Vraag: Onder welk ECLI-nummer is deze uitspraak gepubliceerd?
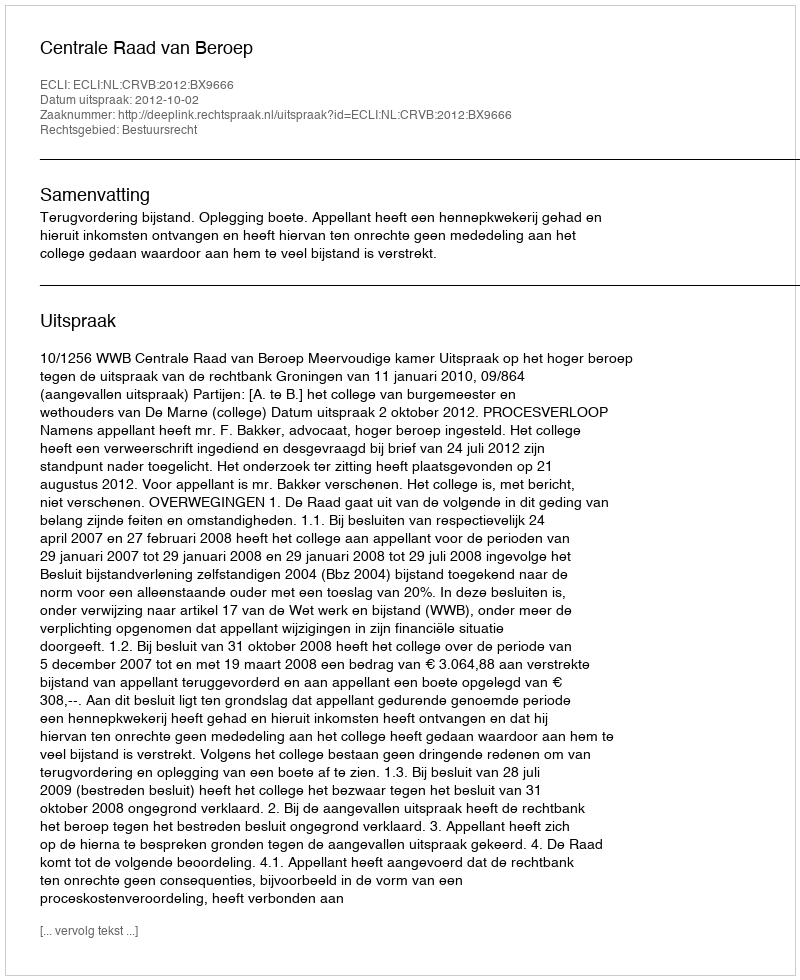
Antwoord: ECLI:NL:CRVB:2012:BX9666